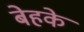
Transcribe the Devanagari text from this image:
बेहके